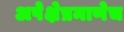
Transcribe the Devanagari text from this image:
अपेक्षेप्रमाणेच